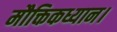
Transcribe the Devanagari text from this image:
मौक्तिकध्यान।